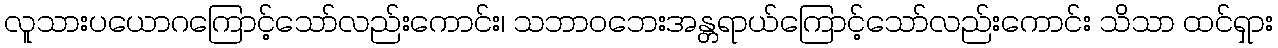
လူသားပယောဂကြောင့်သော်လည်းကောင်း၊ သဘာဝဘေးအန္တရာယ်ကြောင့်သော်လည်းကောင်း သိသာ ထင်ရှား